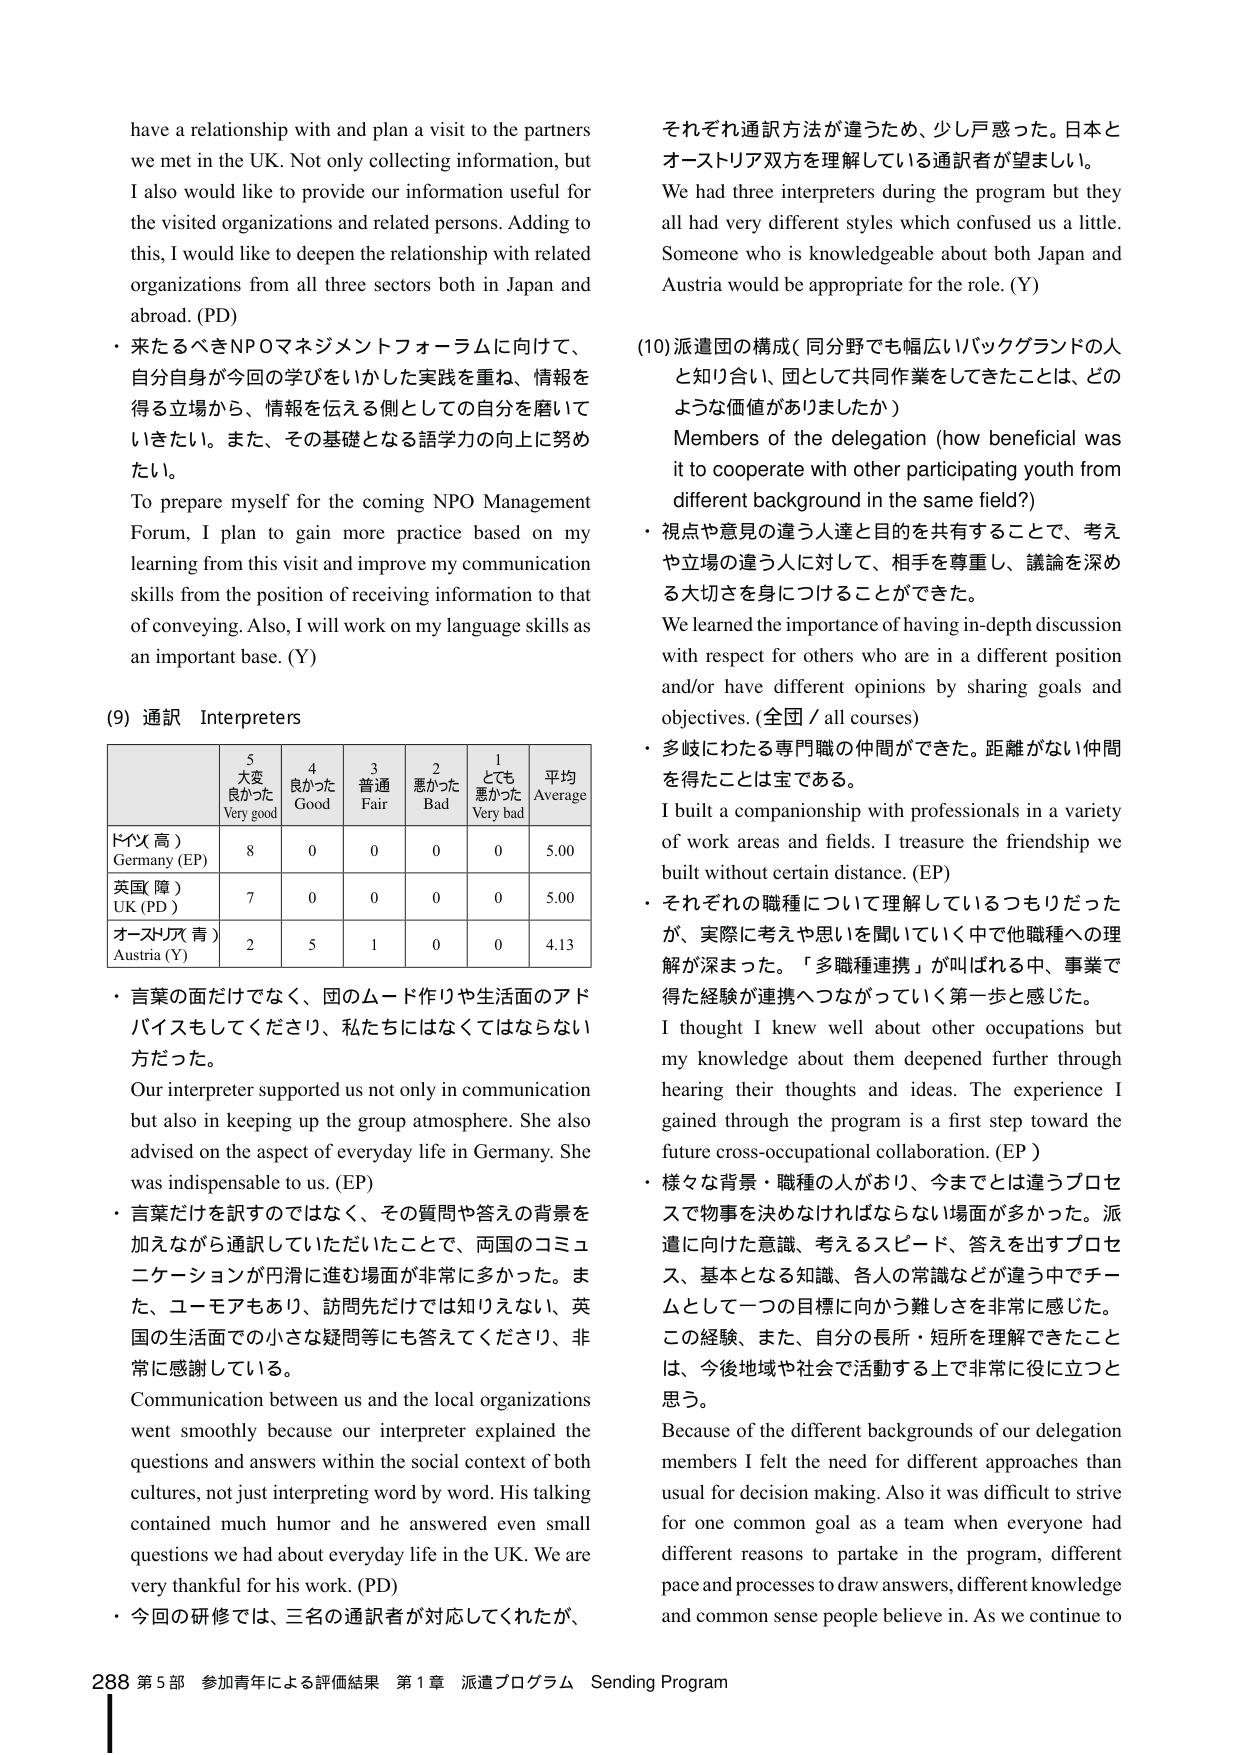
have a relationship with and plan a visit to the partners we met in the UK. Not only collecting information, but I also would like to provide our information useful for the visited organizations and related persons. Adding to this, I would like to deepen the relationship with related organizations from all three sectors both in Japan and abroad. (PD)

・来るべきNPOマネジメントフォーラムに向けて、自分自身が今回の学びをいかした実践を重ね、情報を得る立場から、情報を伝える側としての自分を磨いていきたい。また、その基礎となる語学力の向上に努めたい。

To prepare myself for the coming NPO Management Forum, I plan to gain more practice based on my learning from this visit and improve my communication skills from the position of receiving information to that of conveying. Also, I will work on my language skills as an important base. (Y)

(9) 通訳 Interpreters

| | 5 大変良かった Very good | 4 良かった Good | 3 普通 Fair | 2 悪かった Bad | 1 とても悪かった Very bad | 平均 Average |
|---|---|---|---|---|---|---|
| ドイツ(高) Germany (EP) | 8 | 0 | 0 | 0 | 0 | 5.00 |
| 英国(障) UK (PD) | 7 | 0 | 0 | 0 | 0 | 5.00 |
| オーストリア(青) Austria (Y) | 2 | 5 | 1 | 0 | 0 | 4.13 |

・言葉の面だけでなく、国のムード作りや生活面のアドバイスもしてくださり、私たちにはなくてはならない方だった。

Our interpreter supported us not only in communication but also in keeping up the group atmosphere. She also advised on the aspect of everyday life in Germany. She was indispensable to us. (EP)

・言葉だけを訳すのではなく、その質問や答えの背景を加えながら通訳していただいたことで、両国のコミュニケーションが円滑に進む場面が非常に多かった。また、ユーモアもあり、訪問先だけでは知りえない、英国の生活面での小さな疑問等にも答えてくださり、非常に感謝している。

Communication between us and the local organizations went smoothly because our interpreter explained the questions and answers within the social context of both cultures, not just interpreting word by word. His talking contained much humor and he answered even small questions we had about everyday life in the UK. We are very thankful for his work. (PD)

・今回の研修では、三名の通訳者が対応してくれたが、それぞれ通訳方法が違うため、少し戸惑った。日本とオーストリア双方を理解している通訳者が望ましい。

We had three interpreters during the program but they all had very different styles which confused us a little. Someone who is knowledgeable about both Japan and Austria would be appropriate for the role. (Y)

(10) 派遣団の構成（同分野でも幅広いバックグラウンドの人と知り合い、団として共同作業をしてきたことは、どのような価値がありましたか）

Members of the delegation (how beneficial was it to cooperate with other participating youth from different background in the same field?)

・視点や意見の違う人達と目的を共有することで、考えや立場の違う人に対して、相手を尊重し、議論を深める大切さを身につけることができた。

We learned the importance of having in-depth discussion with respect for others who are in a different position and/or have different opinions by sharing goals and objectives. (全国 / all courses)

・多岐にわたる専門職の仲間ができた。距離がない仲間を得たことは宝である。

I built a companionship with professionals in a variety of work areas and fields. I treasure the friendship we built without certain distance. (EP)

・それぞれの職種について理解しているつもりだったが、実際に考えや思いを聞いていく中で他職種への理解が深まった。「多職種連携」が叫ばれる中、事業で得た経験が連携へつながっていく第一歩と感じた。

I thought I knew well about other occupations but my knowledge about them deepened further through hearing their thoughts and ideas. The experience I gained through the program is a first step toward the future cross-occupational collaboration. (EP)

・様々な背景・職種の人がおり、今までとは違うプロセスで物事を決めなければならない場面が多かった。派遣に向けた意識、考えるスピード、答えを出すプロセス、基本となる知識、各人の常識などが違う中でチームとして一つの目標に向かう難しさを非常に感じた。この経験、また、自分の長所・短所を理解できたことは、今後地域や社会で活動する上で非常に役に立つと思う。

Because of the different backgrounds of our delegation members I felt the need for different approaches than usual for decision making. Also it was difficult to strive for one common goal as a team when everyone had different reasons to partake in the program, different pace and processes to draw answers, different knowledge and common sense people believe in. As we continue to

288 第5部 参加青年による評価結果 第1章 派遣プログラム Sending Program